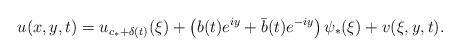
LaTeX: \begin{align*}u(x,y,t) = u_{c_* + \delta(t)}(\xi) + \left( b(t) e^{iy} + \bar{b}(t) e^{-iy} \right) \psi_*(\xi) + v(\xi,y,t).\end{align*}